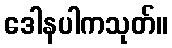
ဒေါနပါကသုတ်။